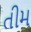
તીમ